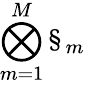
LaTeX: \bigotimes_{m=1}^{M}\S_{m}